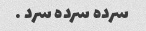
سرده سرده سرد …